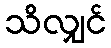
သိလျှင်